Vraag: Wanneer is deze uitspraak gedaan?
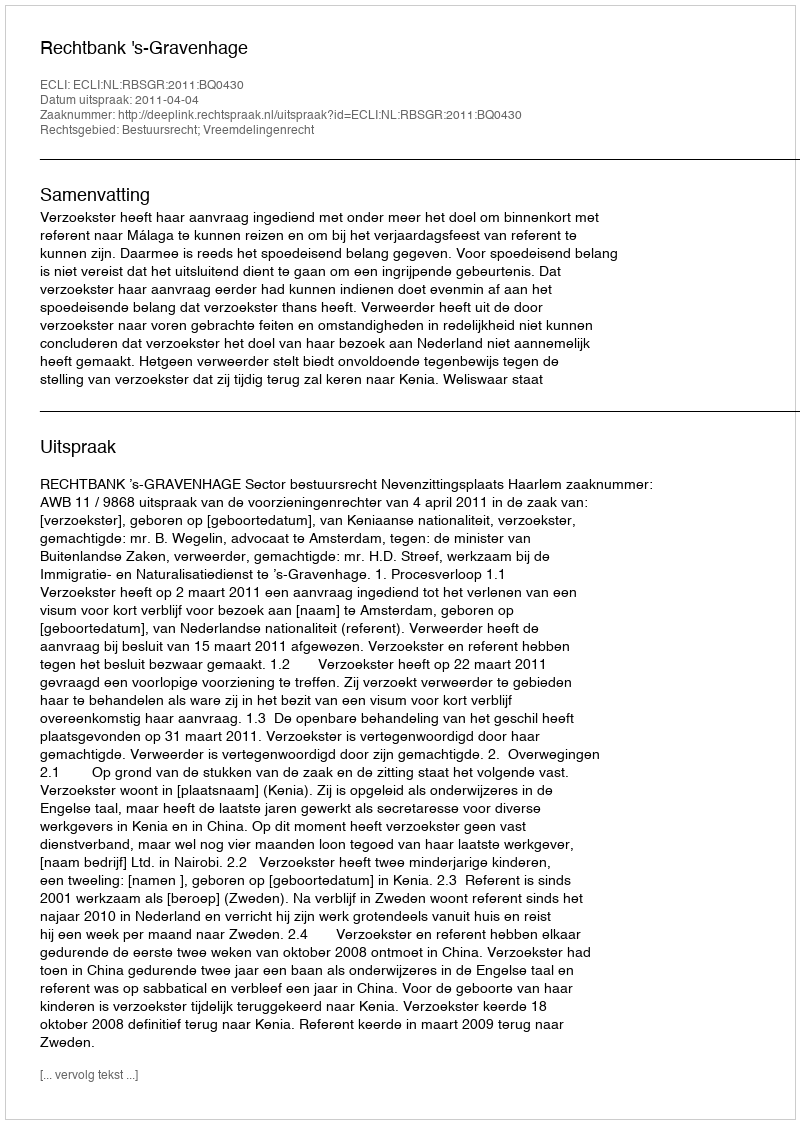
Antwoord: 2011-04-04